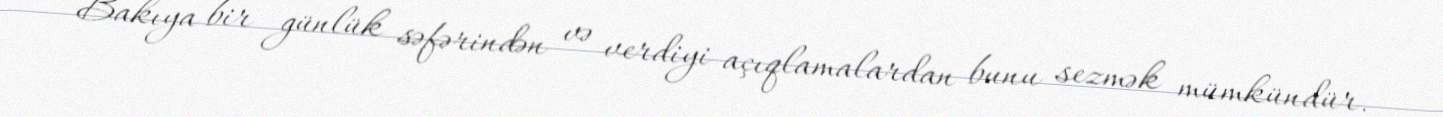
Bakıya bir günlük səfərindən və verdiyi açıqlamalardan bunu sezmək mümkündür.